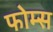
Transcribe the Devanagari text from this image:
फोम्स